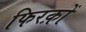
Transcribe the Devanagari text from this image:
फिरक़ों